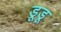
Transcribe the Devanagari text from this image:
डूडू